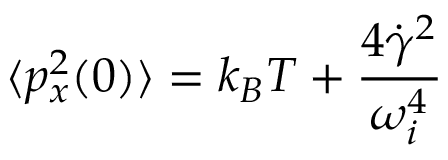
\langle p _ { x } ^ { 2 } ( 0 ) \rangle = k _ { B } T + \frac { 4 \dot { \gamma } ^ { 2 } } { \omega _ { i } ^ { 4 } }